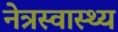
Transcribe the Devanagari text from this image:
नेत्रस्वास्थ्य